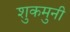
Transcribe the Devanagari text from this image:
शुकमुनी